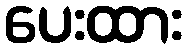
ပေးထား